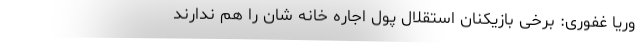
وریا غفوری: برخی بازیکنان استقلال پول اجاره خانه شان را هم ندارند